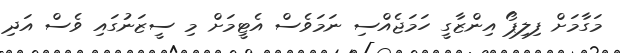
މަގާމަށް ފިލިޕޯ އިންޒާގީ ހަމަޖެއްސި ނަމަވެސް އެޓީމަށް މި ސީޒަނުގައި ވެސް އަދި